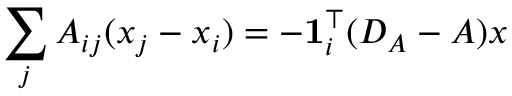
\sum _ { j } A _ { i j } ( x _ { j } - x _ { i } ) = - \mathbf 1 _ { i } ^ { \top } ( D _ { A } - A ) { \boldsymbol x }